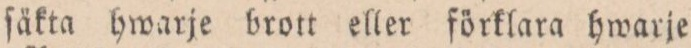
ſäkta hwarje brott eller förklara hwarje